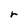
Character: r